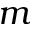
m